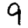
Digit: 9